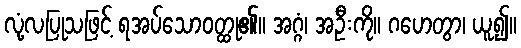
လုံ့လပြုသဖြင့် ရအပ်သောဝတ္ထု၏။ အဂ္ဂံ၊ အဦးကို။ ဂဟေတွာ၊ ယူ၍။